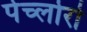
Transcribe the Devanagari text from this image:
पेर्च्लोरो